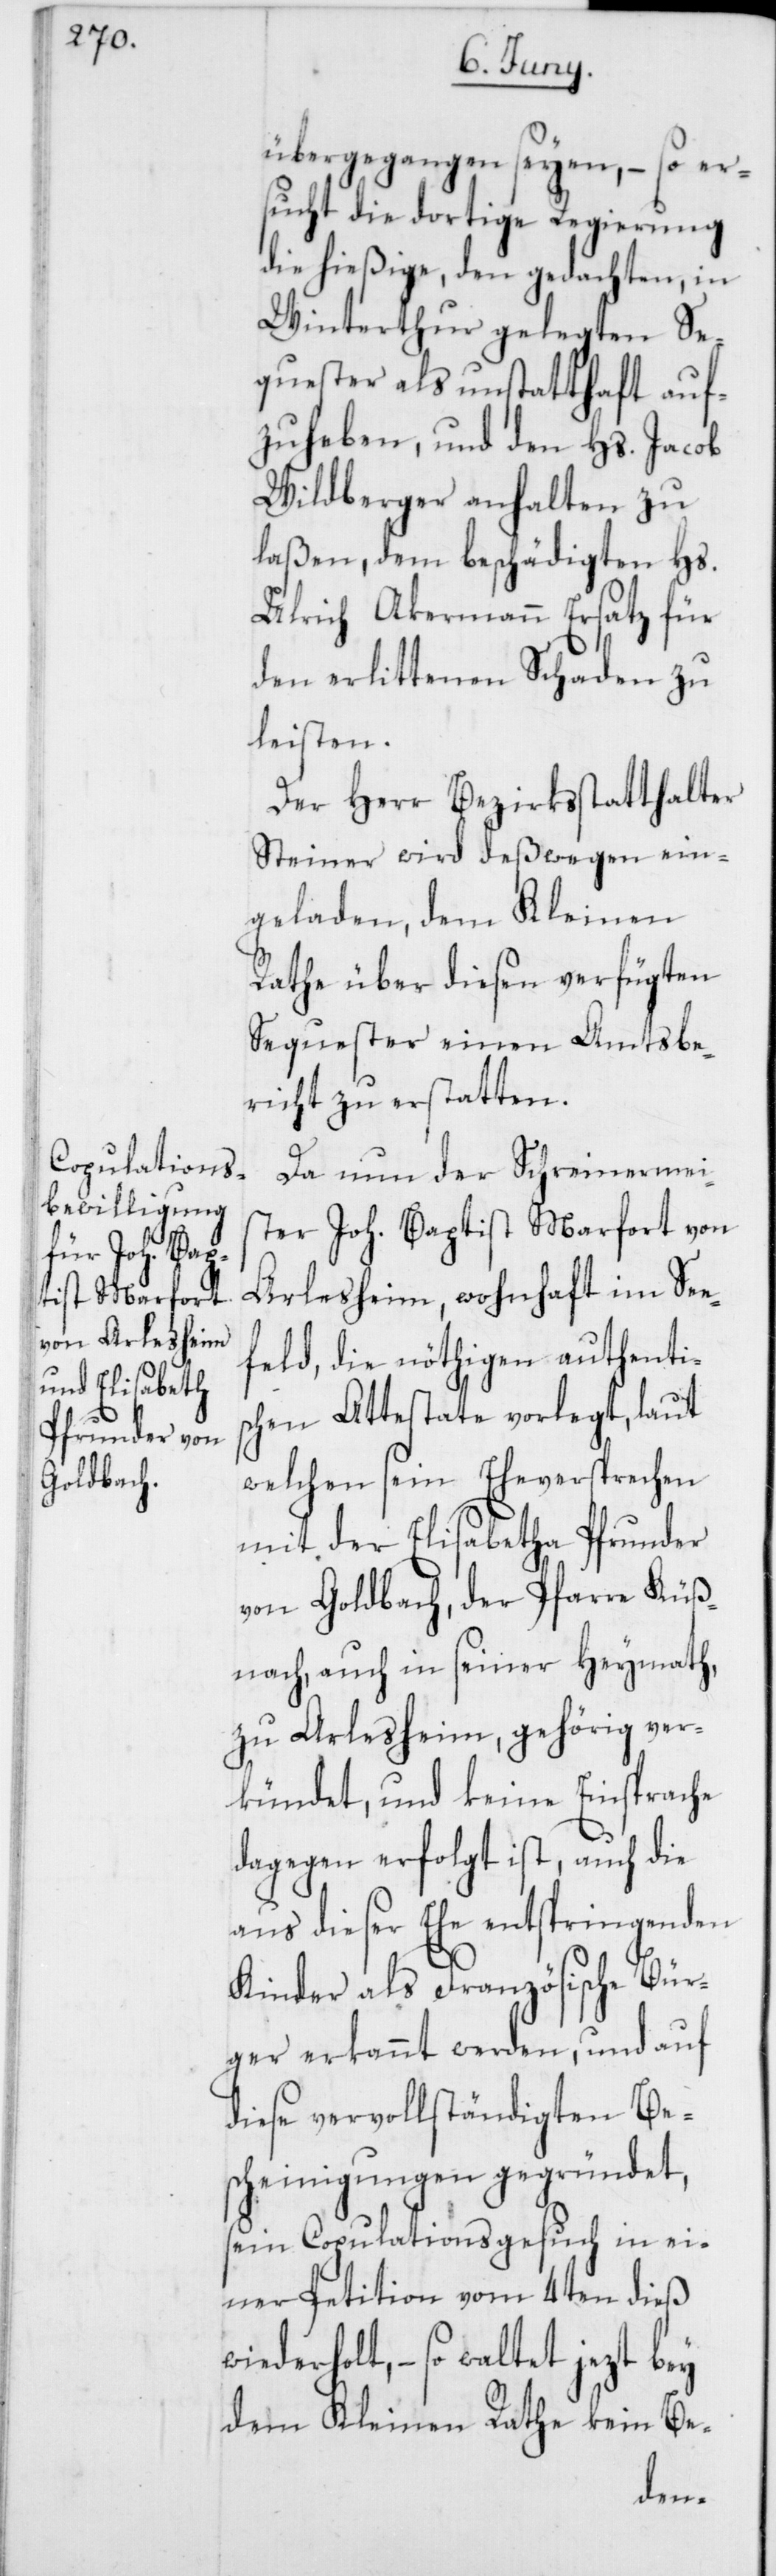
übergegangen seyen, – so er¬
sucht die dortige Regierung
die hießige, den gedachten, in
Winterthur gelegten Se¬
quester als unstatthaft auf¬
zuheben, und den Hs. Jacob
Wildberger anhalten zu
laßen, dem beschädigten Hs.
Ulrich Akermann Ersatz für
den erlittenen Schaden zu
leisten.
Der Herr Bezirksstatthalter
Steiner wird deßwegen ein¬
geladen, dem Kleinen
Rathe über diesen verfügten
Sequester einen Amtsbe¬
richt zu erstatten.
Da nun der Schreinermei¬
ster Joh. Baptist Marfort von
Arlesheim, wohnhaft im See¬
feld, die nöthigen authenti¬
schen Attestate vorlegt, laut
welchen sein Eheversprechen
mit der Elisabetha Pfrunder
von Goldbach, der Pfarre Küß¬
nacht, auch in seiner Heymath,
zu Arlesheim, gehörig ver¬
kündet, und keine Einsprache
dagegen erfolgt ist, auch die
aus dieser Ehe entspringenden
Kinder als Französische Bür¬
ger erkannt werden, und auf
diese vervollständigten Bes¬
cheinigungen gegründet,
sein Copulationsgesuch in ei¬
ner Petition vom 4ten dieß
wiederholt, – so waltet jezt bey
dem Kleinen Rathe kein Be-